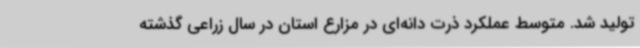
تولید شد. متوسط عملکرد ذرت دانه‌ای در مزارع استان در سال زراعی گذشته